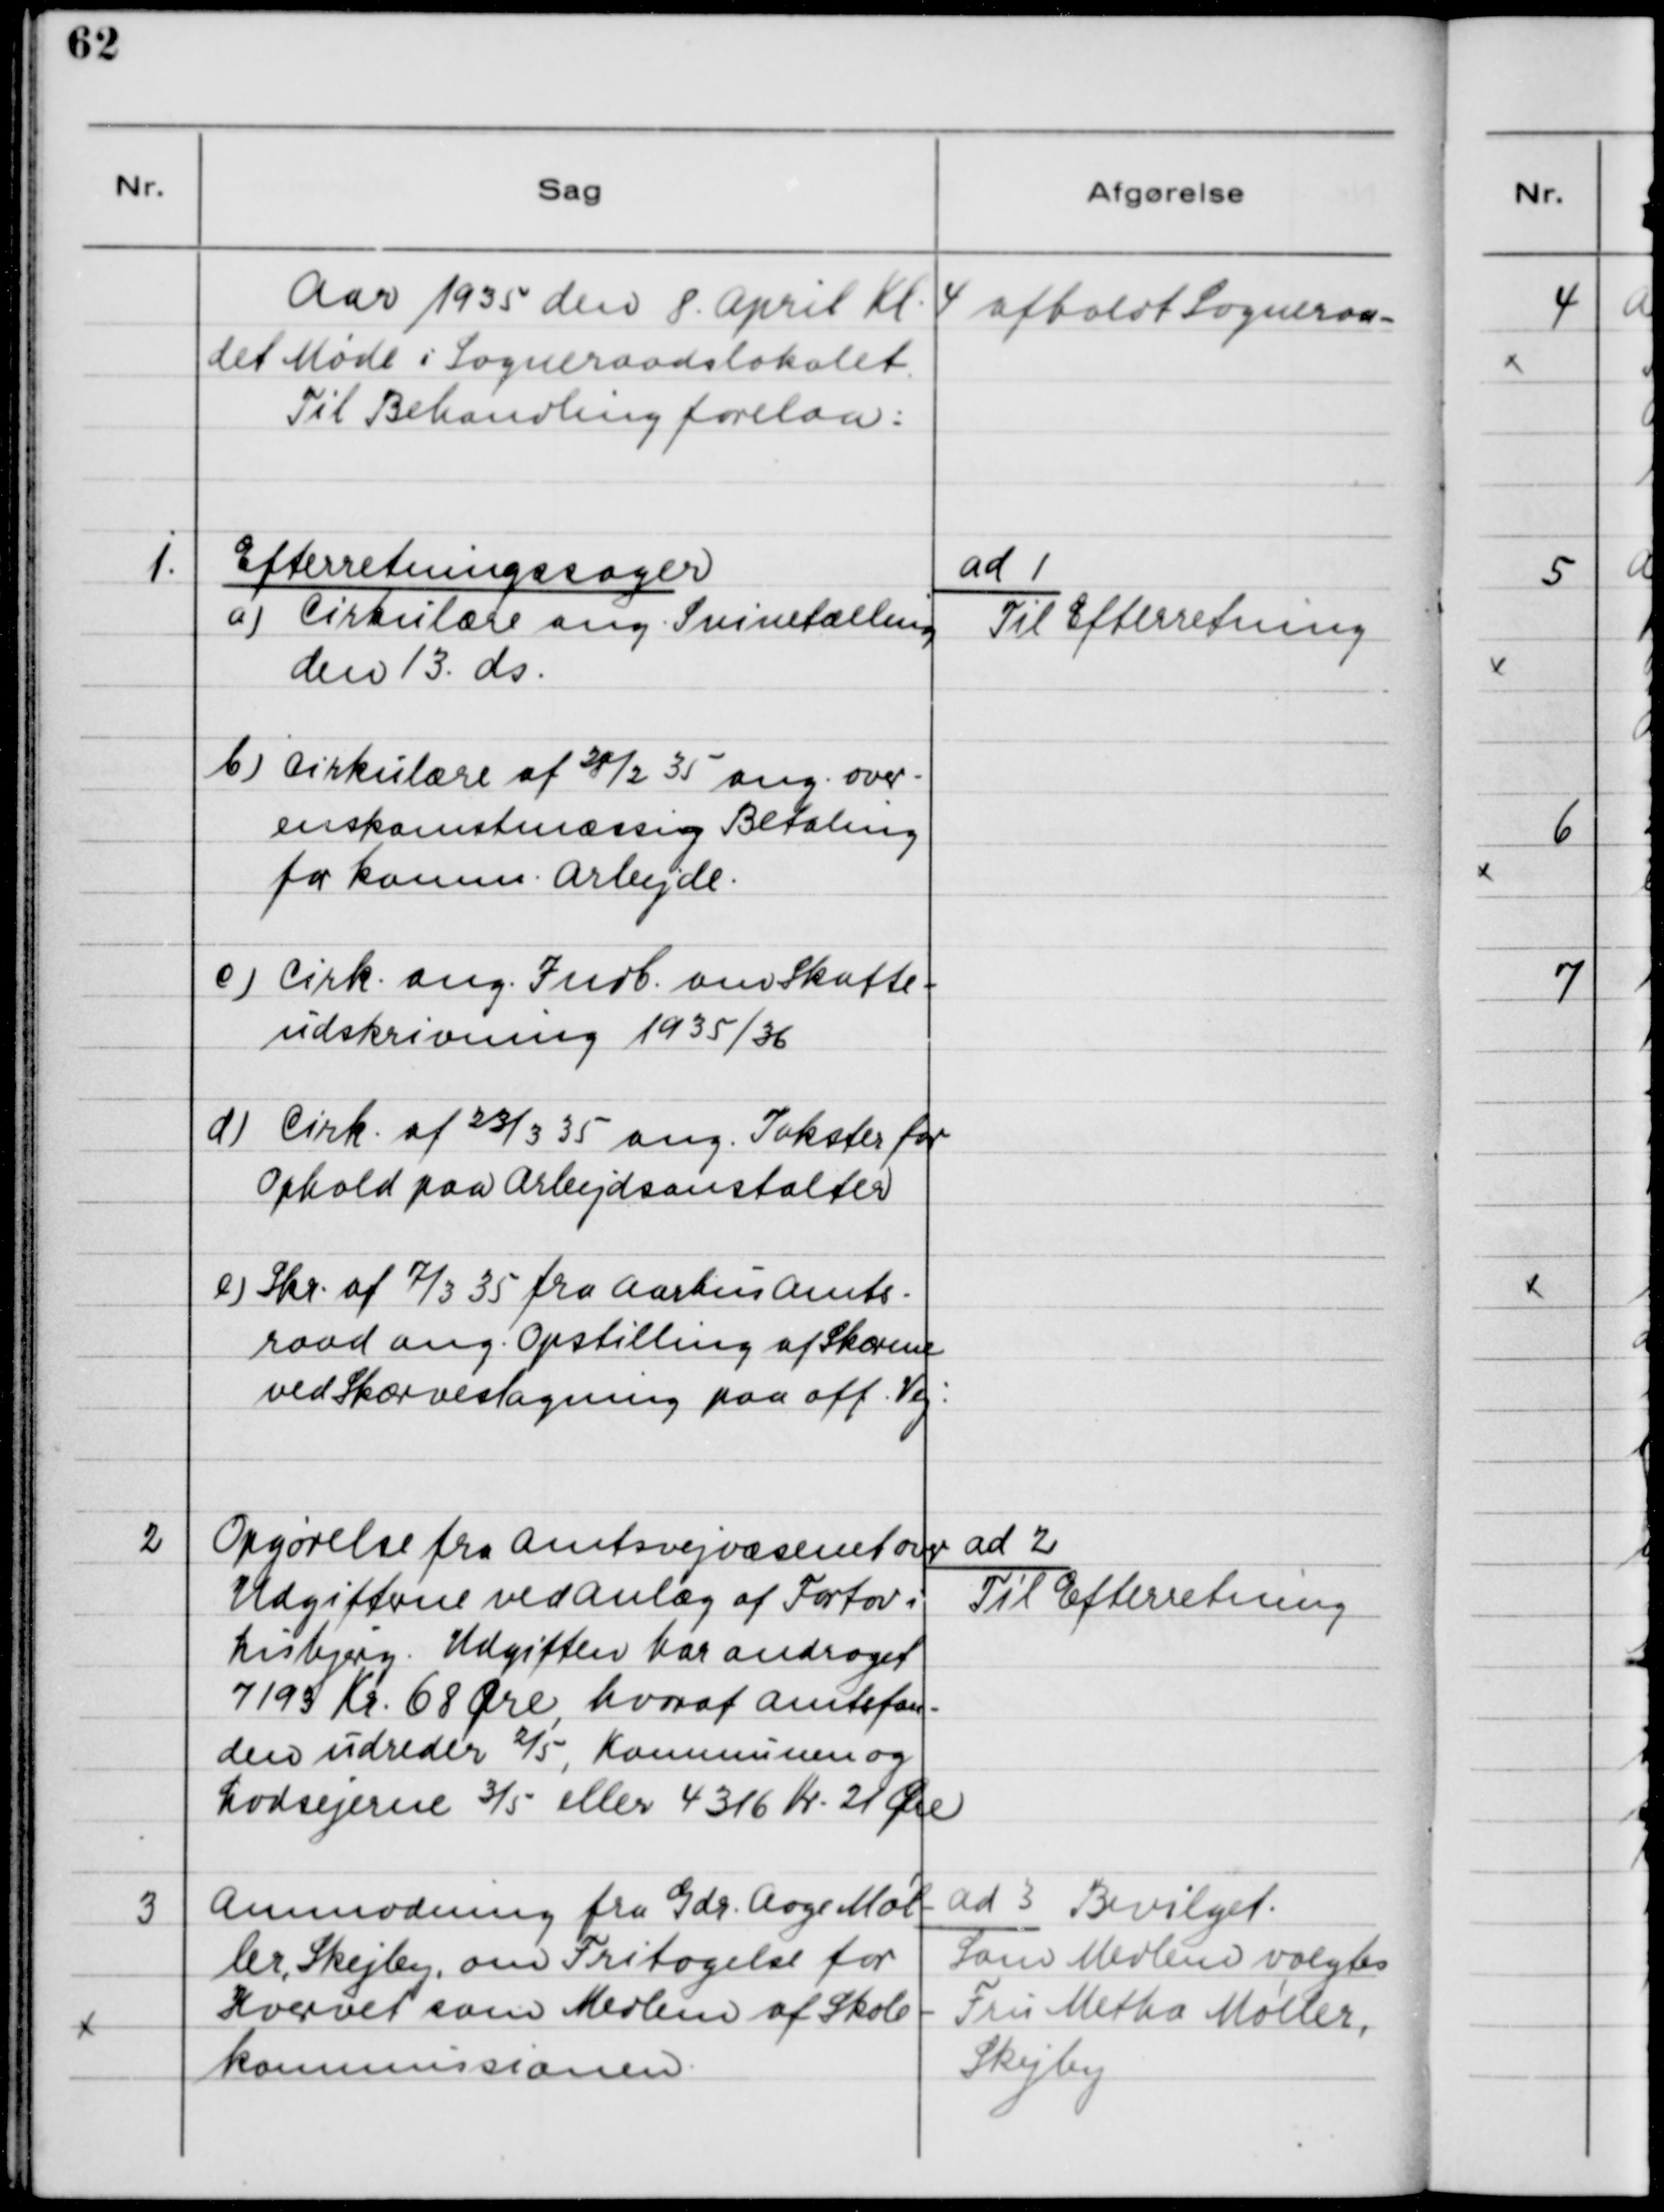
Transskription:
Aar 1935 den 8. April Kl. 4 afholdt Sogneraa-
det Møde i Sogneraadslokalet.
Til Behandling forelaa:

1

Efterretningssager
a) Cirkulære om Svinetælling
den 13. ds.
b) Cirkulære af 28/2 35 ang. over-
enskomstmæssig Betaling
for Komm. Arbejde.
c) Cirk. ang. Indb. om Skatte-
udskrivning 1935/36
d) Cirk. af 23/3 35 ang. Takster for
Ophold paa Arbejdsanstalter.
e) Skr. af 7/3 35 fra Aarhus Amts-
raad ang. Opstilling af Skærene
ved Skærveslagning paa off. Vej.

ad 1
Til Efterretning

2

Opgørelse fra Amtsvejvæsenet over
Udgifterne ved Anlæg af Fortov i
Lisbjerg. Udgiften har andraget
7193 Kr. 68 Øre, hvoraf Amtsfon-
den udreder 2/5, Kommunen og
Lodsejerne 3/5 eller 4316 Kr. 21 Øre.

ad 2.
Til Efterretning

3

Anmodning fra Gdr. Aage Møl-
ler, Skejby, om Fritagelse for
Hvervet som Medlem af Skole-
kommissionen.

ad 3 Bevilget.
Som Medlem valgtes
Fru Metha Møller,
Skejby.